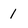
Character: 1